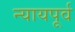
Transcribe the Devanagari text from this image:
न्यायपूर्व